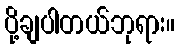
ပို့ချပါတယ်ဘုရား။